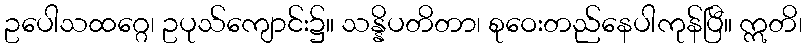
ဥပေါသထဂ္ဂေ၊ ဥပုသ်ကျောင်း၌။ သန္နိပတိတာ၊ စုဝေးတည်နေပါကုန်ပြီ။ ဣတိ၊